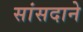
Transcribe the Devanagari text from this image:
सांसदाने